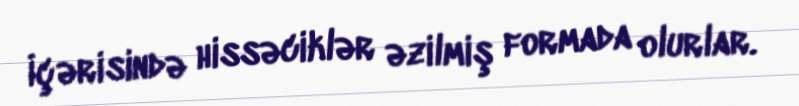
İçərisində hissəciklər əzilmiş formada olurlar.